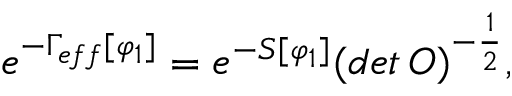
e ^ { - \Gamma _ { e f f } [ \varphi _ { 1 } ] } = e ^ { - S [ \varphi _ { 1 } ] } ( d e t \, O ) ^ { - \frac { 1 } { 2 } } ,